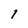
Character: 1